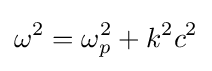
\omega ^{2}=\omega _{p}^{2}+k^{2}c^{2}